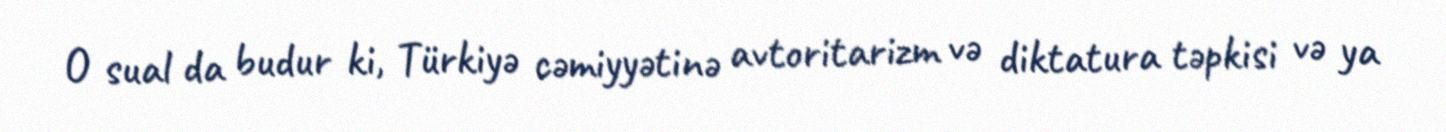
O sual da budur ki, Türkiyə cəmiyyətinə avtoritarizm və diktatura təpkisi və ya